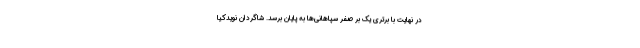
در نهایت با برتری یک بر صفر سپاهانی‌ها به پایان برسد. شاگردان نویدکیا